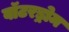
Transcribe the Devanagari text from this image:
वॉटरड्रोम